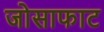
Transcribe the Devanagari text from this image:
जोसाफाट